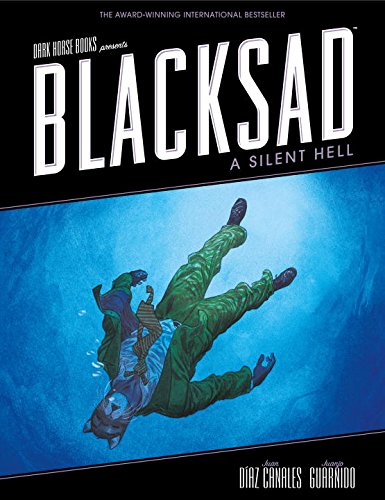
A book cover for Blacksad: A Silent Hell; Juan Diaz Canales; Comics & Graphic Novels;